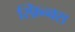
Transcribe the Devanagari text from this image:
स्फ़िन्क्स